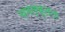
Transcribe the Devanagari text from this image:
चमत्कृतता